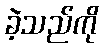
ခဲ့သည်ကို